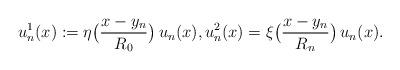
LaTeX: \begin{align*}u_n^1(x):=\eta\big(\frac{x-y_n}{R_0}\big)\, u_n(x),u_n^2(x)=\xi\big(\frac{x-y_n}{R_n}\big)\, u_n(x).\end{align*}